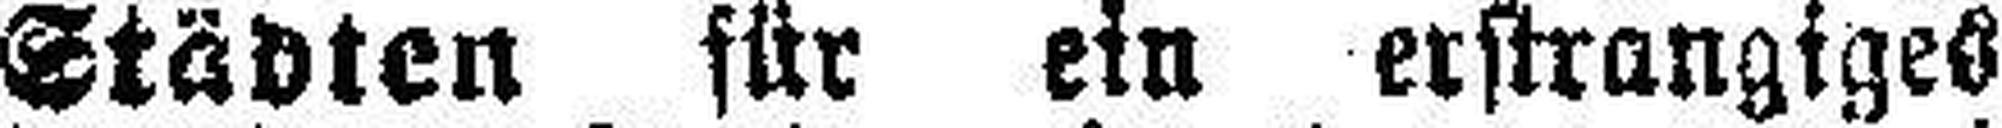
Städten für ein erstrangiges